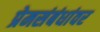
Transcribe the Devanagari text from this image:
प्रेमसंबंधांवर